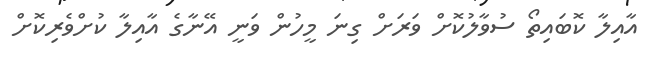
އާއިލާ ކޮބައިތޯ ސުވާލުކޮށް ވަރަށް ގިނަ މީހުން ވަނީ އޭނާގެ އާއިލާ ކުށްވެރިކޮށް